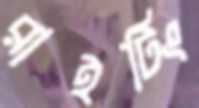
রাইটিং